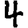
Digit: 4